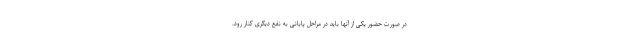
در صورت حضور یکی از آنها باید در مراحل پایانی به نفع دیگری کنار رود.